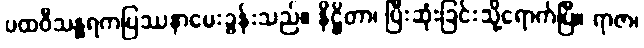
ပထဝီသန္ဓရကပြဿနာမေးခွန်းသည်။ နိဋ္ဌိတာ၊ ပြီးဆုံးခြင်းသို့ရောက်ပြီ။ ရာဇာ၊